Annual statistical returns and brief notes on vaccination in Bengal - 1909-1929
Year: 1909
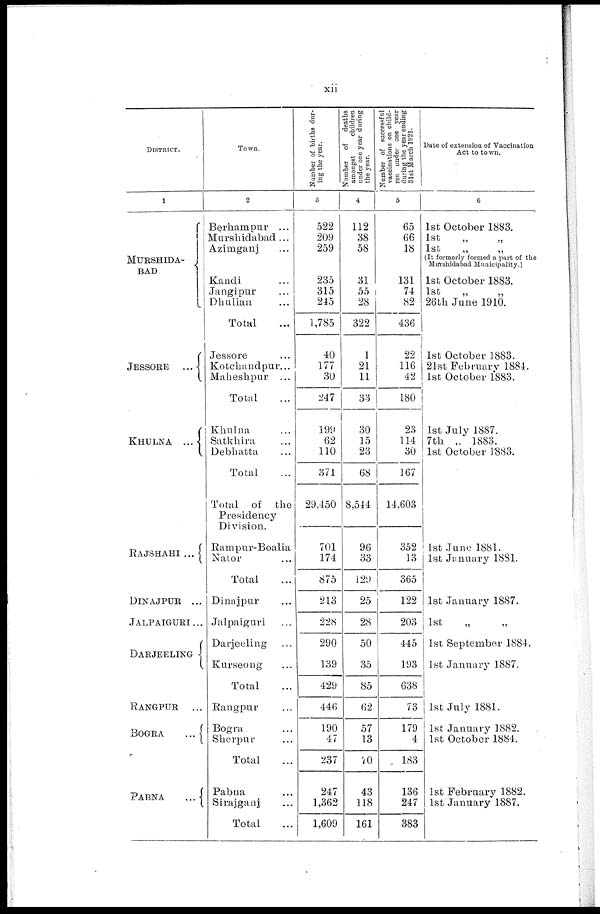
xii
DISTRICT.
1
MURSHIDA¬
BAD
JESSORE ...
KHULNA ...
RAJSHAHI ...
DINAJPUR ...
JALPAIGURI...
DARJEELING
RANGPUR ...
BOGRA
...
PABNA
...
Town.
2
Berhampur ...
Murshidabad...
Azimganj ...
Kandi ...
Jangipur ...
Dhulian ...
Total ...
Jessore ...
Kotchandpur...
Maheshpur ...
Total ...
Khulna ...
Satkhira ...
Debhatta ...
Total ...
Total of the
Presidency
Division.
Rampur- Boalia
Nator ...
Total ...
Dinajpur ...
Jalpaiguri ...
Darjeeling ...
Kurseong ...
Total ...
Rangpur ...
Bogra ...
Sherpur ...
Total ...
Pabna ...
Sirajganj ...
Total ...
Number of births dur-
ing the year.
3
522
209
259
235
315
215
1,785
40
177
30
247
199
62
110
371
29,450
701
174
875
213
228
290
139
429
446
190
47
237
247
1,362
1,609
Number of
deaths
amongst
children
under one year during
the year.
4
112
38
58
31
55
28
322
1
21
11
33
30
15
23
68
8,544
96
33
129
25
28
50
35
85
62
57
13
70
43
118
161
Number of successful
vaccinations on child¬
ren under one year
during the year ending
31st March 1921.
5
65
66
18
131
74
82
436
22
116
42
180
23
114
30
167
14,603
352
13
365
122
203
445
193
638
73
179
4
183
136
247
383
Date of extension of Vaccination
Act to town.
6
1st October 1883.
1st
„
„
1st
„
„
(It formerly formed a part of the
Murshidabad Municipality.)
1st October 1883.
1st
„
„
26th June 1910.
1st October 1883.
21st February 1884.
1st October 1883.
1st July 1887.
7th „ 1883.
1st October 1883.
1st June 1881.
1st January 1881.
1st January 1887.
1st „ „
1st September 1884.
1st January 1887.
1st July 1881.
1st January 1882.
1st October 1884.
1st February 1882.
1st January 1887.